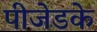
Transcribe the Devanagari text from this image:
पीजेडके